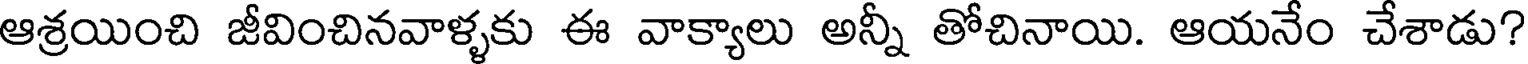
ఆశ్రయించి జీవించినవాళ్ళకు ఈ వాక్యాలు అన్నీ తోచినాయి. ఆయనేం చేశాడు?